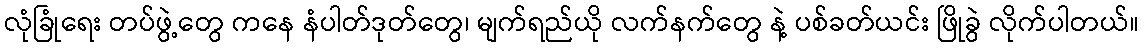
လုံခြုံရေး တပ်ဖွဲ့တွေ ကနေ နံပါတ်ဒုတ်တွေ၊ မျက်ရည်ယို လက်နက်တွေ နဲ့ ပစ်ခတ်ယင်း ဖြိုခွဲ လိုက်ပါတယ်။